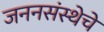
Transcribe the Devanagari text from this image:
जननसंस्थेचे